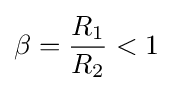
\beta ={\frac {R_{1}}{R_{2}}}<1